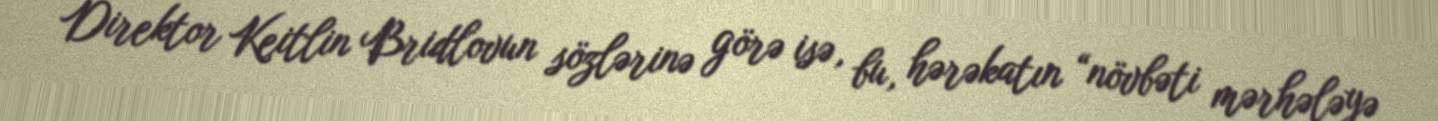
Direktor Keitlin Bridlovun sözlərinə görə isə, bu, hərəkatın “növbəti mərhələyə